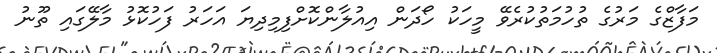
މަފާޒްގެ މަރުގެ ތުހުމަތުކުރެވޭ މީހަކު ހޯދަން އިއުލާންކޮށްފިމިދިޔަ އަހަރު ފަހުކޮޅު މާލޭގައި ތޫނު